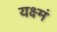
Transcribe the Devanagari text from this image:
यक्ष्मं